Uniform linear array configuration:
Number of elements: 32
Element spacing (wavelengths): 1
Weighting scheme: uniform
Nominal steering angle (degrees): -45
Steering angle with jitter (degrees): -45.047
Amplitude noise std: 0.05
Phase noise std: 0.05

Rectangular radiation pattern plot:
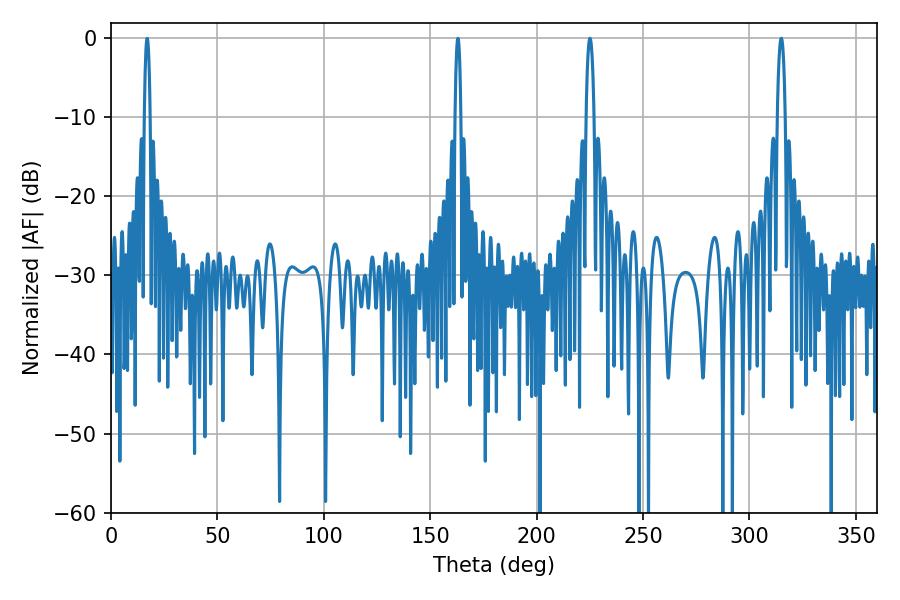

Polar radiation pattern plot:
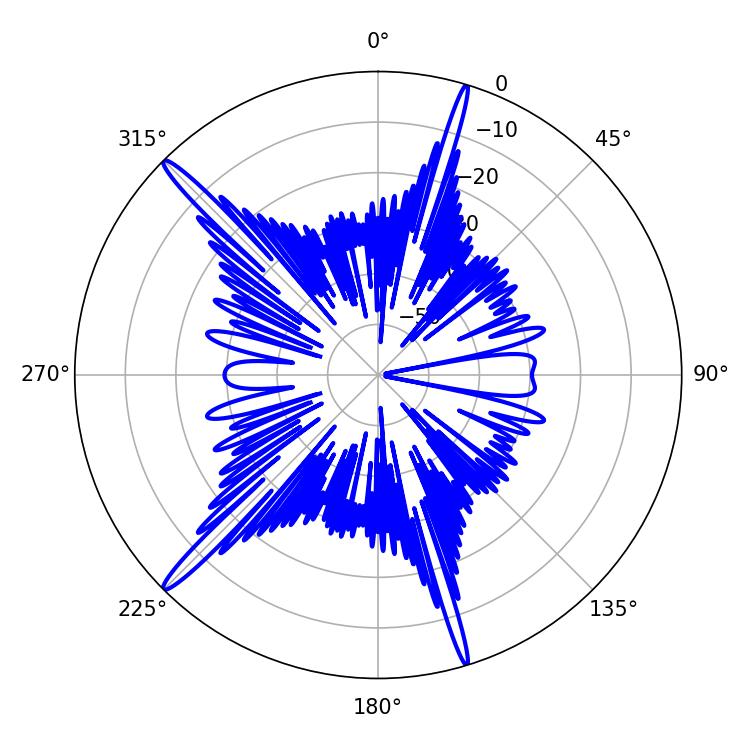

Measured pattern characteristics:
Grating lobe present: TRUE
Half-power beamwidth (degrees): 1.98
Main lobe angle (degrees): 225